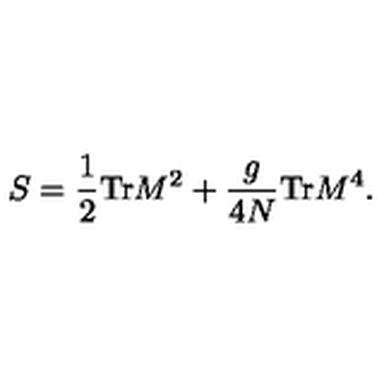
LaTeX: S = \frac { 1 } { 2 } \mathrm { T r } M ^ { 2 } + \frac { g } { 4 N } \mathrm { T r } M ^ { 4 } .